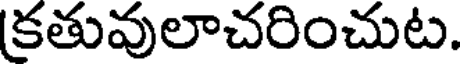
కతువులాచరించుట.